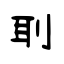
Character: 刵